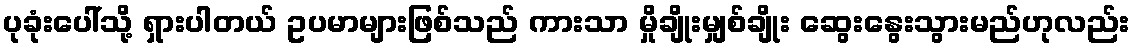
ပုခုံးပေါ်သို့ ရှားပါတယ် ဥပမာများဖြစ်သည် ကားသာ မှိုချိုးမျှစ်ချိုး ဆွေးနွေးသွားမည်ဟုလည်း